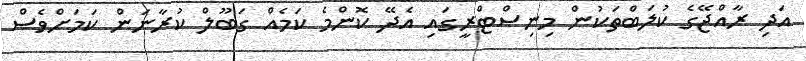
އަދި ރާއްޖޭގެ ކުލަބްތަކުން މިނިސްޓްރީގައި އެދޭ ކޮންމެ ކަމެއް ގަބޫލް ކުރާނަން ކަމަށްވެސް